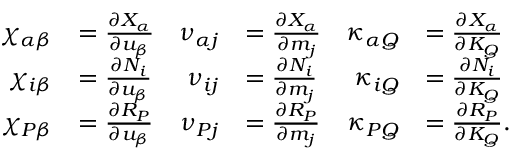
\begin{array} { r l r l r l } { \chi _ { \alpha \beta } } & { = \frac { \partial X _ { \alpha } } { \partial u _ { \beta } } } & { \nu _ { \alpha j } } & { = \frac { \partial X _ { \alpha } } { \partial m _ { j } } } & { \kappa _ { \alpha Q } } & { = \frac { \partial X _ { \alpha } } { \partial K _ { Q } } } \\ { \chi _ { i \beta } } & { = \frac { \partial N _ { i } } { \partial u _ { \beta } } } & { \nu _ { i j } } & { = \frac { \partial N _ { i } } { \partial m _ { j } } } & { \kappa _ { i Q } } & { = \frac { \partial N _ { i } } { \partial K _ { Q } } } \\ { \chi _ { P \beta } } & { = \frac { \partial R _ { P } } { \partial u _ { \beta } } } & { \nu _ { P j } } & { = \frac { \partial R _ { P } } { \partial m _ { j } } } & { \kappa _ { P Q } } & { = \frac { \partial R _ { P } } { \partial K _ { Q } } . } \end{array}